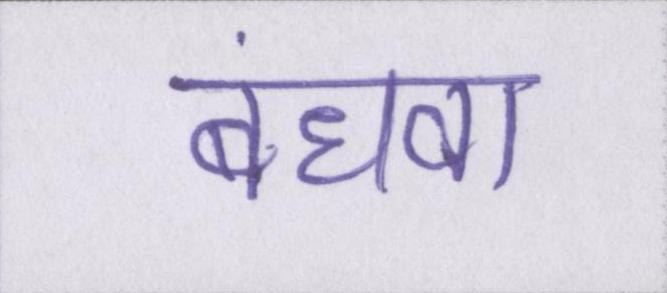
बंधवा